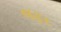
જફર